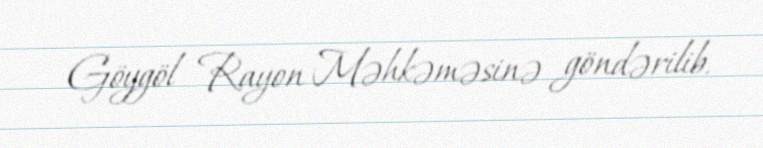
Göygöl Rayon Məhkəməsinə göndərilib.